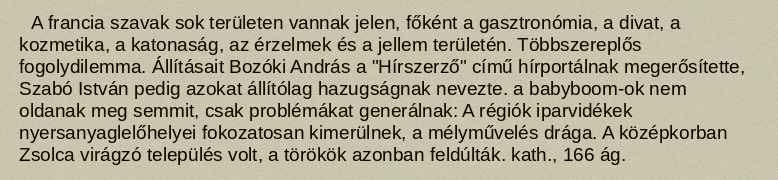
A francia szavak sok területen vannak jelen, főként a gasztronómia, a divat, a kozmetika, a katonaság, az érzelmek és a jellem területén. Többszereplős fogolydilemma. Állításait Bozóki András a "Hírszerző" című hírportálnak megerősítette, Szabó István pedig azokat állítólag hazugságnak nevezte. a babyboom-ok nem oldanak meg semmit, csak problémákat generálnak: A régiók iparvidékek nyersanyaglelőhelyei fokozatosan kimerülnek, a mélyművelés drága. A középkorban Zsolca virágzó település volt, a törökök azonban feldúlták. kath., 166 ág.